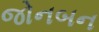
જોનબન